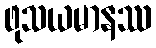
ဖုသယမာနဿ